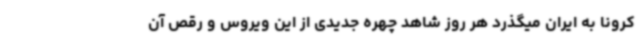
کرونا به ایران میگذرد هر روز شاهد چهره جدیدی از این ویروس و رقص آن